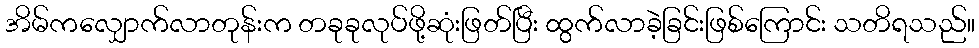
အိမ်ကလျှောက်လာတုန်းက တခုခုလုပ်ဖို့ဆုံးဖြတ်ပြီး ထွက်လာခဲ့ခြင်းဖြစ်ကြောင်း သတိရသည်။